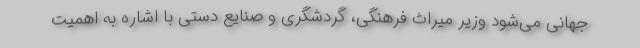
جهانی می‌شود وزیر میراث فرهنگی، گردشگری و صنایع دستی با اشاره به اهمیت